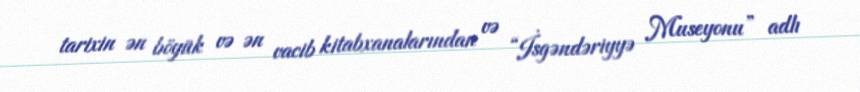
tarixin ən böyük və ən vacib kitabxanalarından və “İsgəndəriyyə Museyonu” adlı